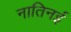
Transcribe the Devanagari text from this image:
नातिनई